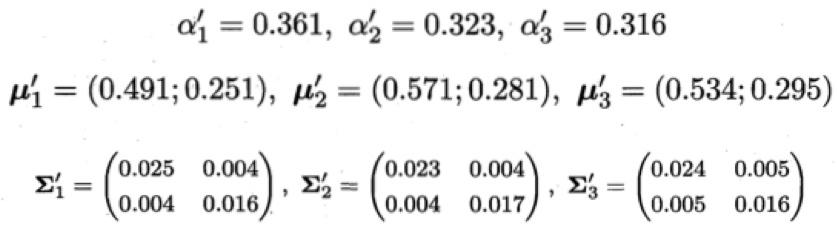
\[
\begin{align*}
\alpha_1'&= 0.361, \alpha_2' = 0.323, \alpha_3' = 0.316\\
\boldsymbol{\mu}_1'&=(0.491;0.251), \boldsymbol{\mu}_2'=(0.571;0.281), \boldsymbol{\mu}_3'=(0.534;0.295)\\
\boldsymbol{\Sigma}_1'&=\begin{pmatrix}0.025&0.004\\0.004&0.016\end{pmatrix}, \boldsymbol{\Sigma}_2'=\begin{pmatrix}0.023&0.004\\0.004&0.017\end{pmatrix}, \boldsymbol{\Sigma}_3'=\begin{pmatrix}0.024&0.005\\0.005&0.016\end{pmatrix}
\end{align*}
\]